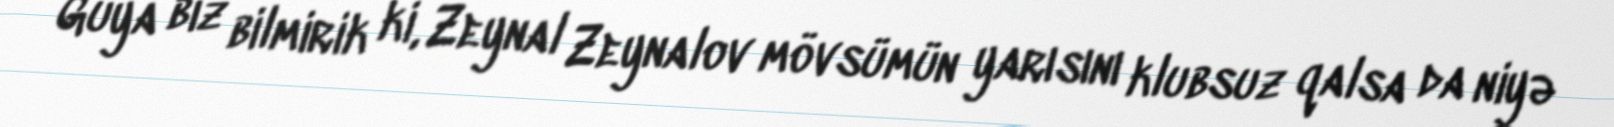
Guya biz bilmirik ki, Zeynal Zeynalov mövsümün yarısını klubsuz qalsa da niyə